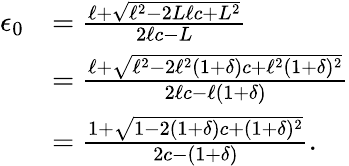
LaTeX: \begin{array}{rl}{\epsilon_{0}}&{=\frac{\ell+\sqrt{\ell^{2}-2L\ell c+L^{2}}}{2\ell c-L}}\\ &{=\frac{\ell+\sqrt{\ell^{2}-2\ell^{2}(1+\delta)c+\ell^{2}(1+\delta)^{2}}}{2\ell c-\ell(1+\delta)}}\\ &{=\frac{1+\sqrt{1-2(1+\delta)c+(1+\delta)^{2}}}{2c-(1+\delta)}.}\end{array}